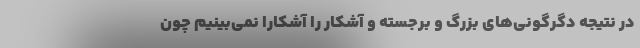
در نتیجه دگرگونی‌های بزرگ و برجسته و آشکار را آشکارا نمی‌بینیم چون